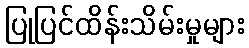
ပြုပြင်ထိန်းသိမ်းမှုများ